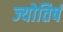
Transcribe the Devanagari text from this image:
ज्योतिषं